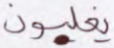
يغلبون